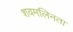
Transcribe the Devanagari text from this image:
शवमलिनता